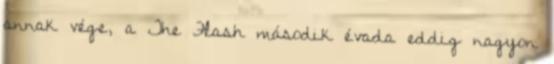
annak vége, a The Flash második évada eddig nagyon